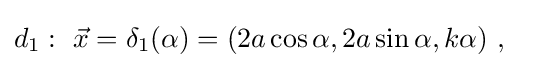
d_{1}:\ {\vec {x}}=\delta _{1}(\alpha )=(2a\cos \alpha ,2a\sin \alpha ,k\alpha )\ ,\quad